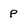
Character: P